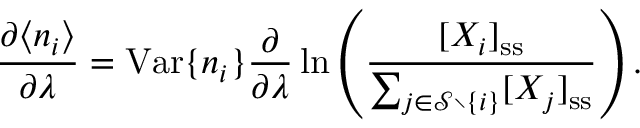
\frac { \partial \langle n _ { i } \rangle } { \partial \lambda } = \mathrm { V a r } \{ n _ { i } \} \frac { \partial } { \partial \lambda } \ln \left( \frac { [ X _ { i } ] _ { \mathrm { s s } } } { \sum _ { j \in \mathcal { S } \setminus \{ i \} } [ X _ { j } ] _ { \mathrm { s s } } } \right) .